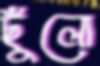
ছুঁলো